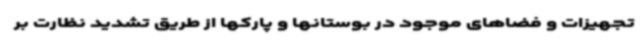
تجهیزات و فضاهای موجود در بوستانها و پارکها از طریق تشدید نظارت بر